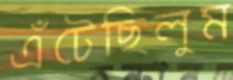
এঁটেছিলুম